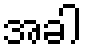
အခါ